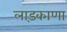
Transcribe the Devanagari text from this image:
लाड़काणा